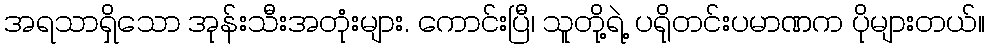
အရသာရှိသော အုန်းသီးအတုံးများ. ကောင်းပြီ၊ သူတို့ရဲ့ ပရိုတင်းပမာဏက ပိုများတယ်။